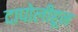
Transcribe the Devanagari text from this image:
दापोलीहून